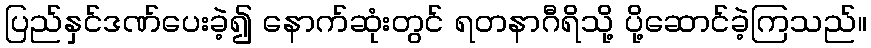
ပြည်နှင်ဒဏ်ပေးခဲ့၍ နောက်ဆုံးတွင် ရတနာဂီရိသို့ ပို့ဆောင်ခဲ့ကြသည်။